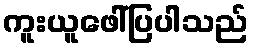
ကူးယူဖေါ်ပြပါသည်